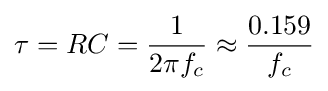
\tau =RC={\frac {1}{2\pi f_{c}}}\approx {\frac {0.159}{f_{c}}}